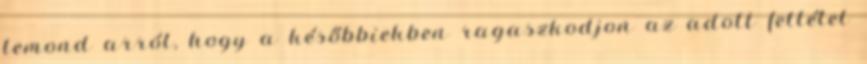
lemond arról, hogy a későbbiekben ragaszkodjon az adott feltétel